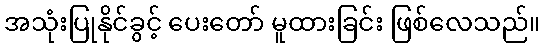
အသုံးပြုနိုင်ခွင့် ပေးတော် မူထားခြင်း ဖြစ်လေသည်။